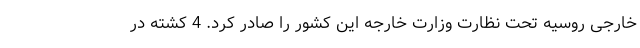
خارجی روسیه تحت نظارت وزارت خارجه این کشور را صادر کرد. 4 کشته در